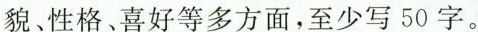
貌、性格、喜好等多方面，至少写50字。